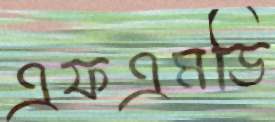
এফএমডি